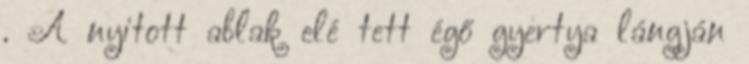
. A nyitott ablak elé tett égő gyertya lángján